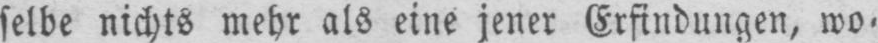
selbe nichts mehr als eine jener Erfindungen, wo⸗